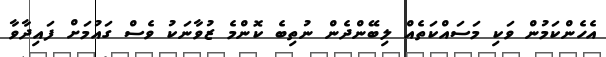
އެހެންކަމުން ވަކި މަސައްކަތެއް ލިބޭންދެން ނުތިބެ ކޮންމެ ޒުވާނަކު ވެސް ގައުމަށް ފައިދާވާ